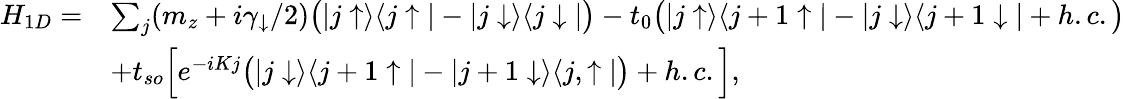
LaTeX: \begin{array}{rl}{H_{1D}=}&{\sum_{j}(m_{z}+i\gamma_{\downarrow}/2)\bigr(|j\uparrow\rangle\langle j\uparrow|-|j\downarrow\rangle\langle j\downarrow|\bigr)-t_{0}\bigr(|j\uparrow\rangle\langle j+1\uparrow|-|j\downarrow\rangle\langle j+1\downarrow|+h.c.\bigr)}\\ &{+t_{so}\Big[e^{-iKj}\bigr(|j\downarrow\rangle\langle j+1\uparrow|-|j+1\downarrow\rangle\langle j,\uparrow|\bigr)+h.c.\Big],}\end{array}